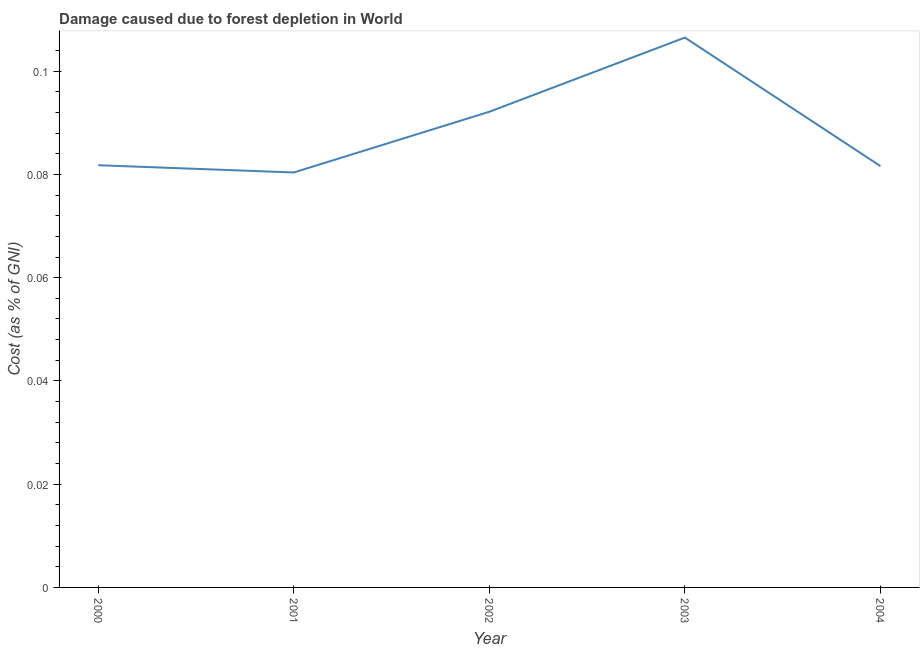
| Year | net forest depletion |
 | --- | --- |
 | 2000 | 0.0818 |
 | 2001 | 0.0804 |
 | 2002 | 0.0921 |
 | 2003 | 0.107 |
 | 2004 | 0.0816 |